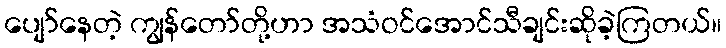
ပျော်နေတဲ့ ကျွန်တော်တို့ဟာ အသံဝင်အောင်သီချင်းဆိုခဲ့ကြတယ်။